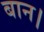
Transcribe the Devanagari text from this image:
बान।